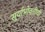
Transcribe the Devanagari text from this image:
सूर्याभोवतीची